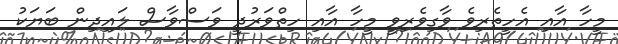
މީހާ އާއި އެހީތެރިވެ ވާގިވެރިވީ މީހާ އާއި ހިތްވަރުދީ ވަސްވާސް ލައިދިން ބަޔަކު